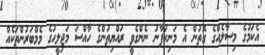
އެކަމުގެ މިސާލެއްގެ ގޮތުން އެ މަނިކުފާނު ނެންގެވީ ރައްޔިތުންގެ ހާއްސަ މަޖިލީހުގެ މެމްބަރުންތަކެއް